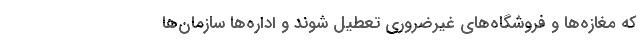
که مغازه‌ها و فروشگاه‌های غیرضروری تعطیل شوند و اداره‌ها سازمان‌ها